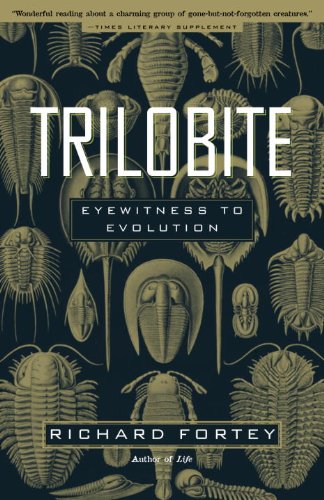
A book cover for Trilobite: Eyewitness to Evolution; Richard Fortey; Science & Math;